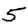
Digit: 5